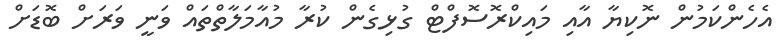
އެހެންކަމުން ނޮކިޔާ އާއި މައިކްރޮސޮފްޓް ގުޅިގެން ކުރާ މުއާމަލާތްތައް ވަނީ ވަރަށް ބޮޑަށް